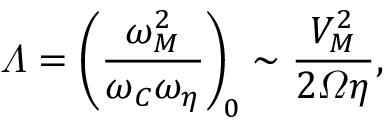
\varLambda = \left( \frac { \omega _ { M } ^ { 2 } } { \omega _ { C } \omega _ { \eta } } \right) _ { \! 0 } \sim \frac { V _ { M } ^ { 2 } } { 2 \varOmega \eta } ,